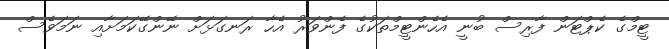
ޓީމްގެ ކެޕްޓަން ފާރިސް ބުނީ އެހެންޓީމްތަކުގެ ފެންވަރު އެހާ ރަނގަޅަށް ނޭންގޭކަމަށާއި ނަމަވެސް